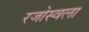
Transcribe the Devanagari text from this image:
रजोस्वला